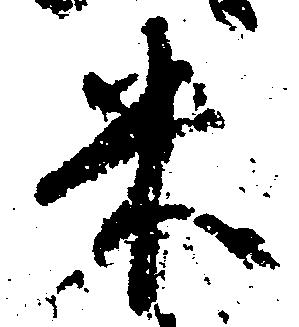
米